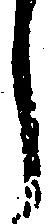
し